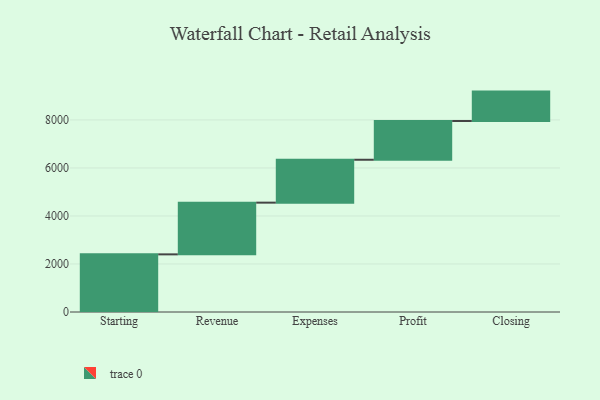
{"axis": {"x": "Step", "y": "Value"}, "legend": [""], "data": [{"x": "Starting", "y": 2401.0, "type": ""}, {"x": "Revenue", "y": 2154.0, "type": ""}, {"x": "Expenses", "y": 1787.0, "type": ""}, {"x": "Profit", "y": 1614.0, "type": ""}, {"x": "Closing", "y": 1225.0, "type": ""}]}